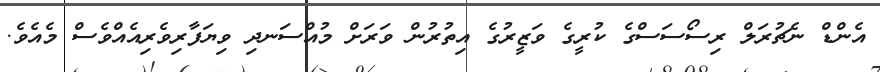
އެންޑް ނެޗުރަލް ރިސޯސަސްގެ ކުރީގެ ވަޒީރުގެ އިތުރުން ވަރަށް މުއްސަނދި ވިޔަފާރިވެރިއެއްވެސް މެއެވެ.